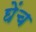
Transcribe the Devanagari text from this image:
घेंच